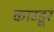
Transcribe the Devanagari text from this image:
काउडूर